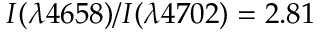
I ( \lambda 4 6 5 8 ) / I ( \lambda 4 7 0 2 ) = 2 . 8 1